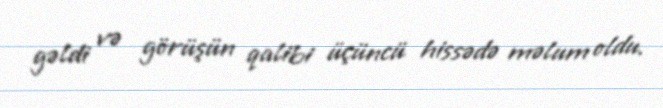
gəldi və görüşün qalibi üçüncü hissədə məlum oldu.